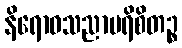
နိရောဓသညာပရိစိတဉ္စ